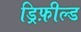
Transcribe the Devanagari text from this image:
ड्रिफ़ील्ड